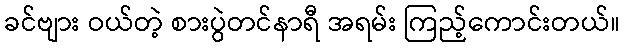
ခင်ဗျား ဝယ်တဲ့ စားပွဲတင်နာရီ အရမ်း ကြည့်ကောင်းတယ်။